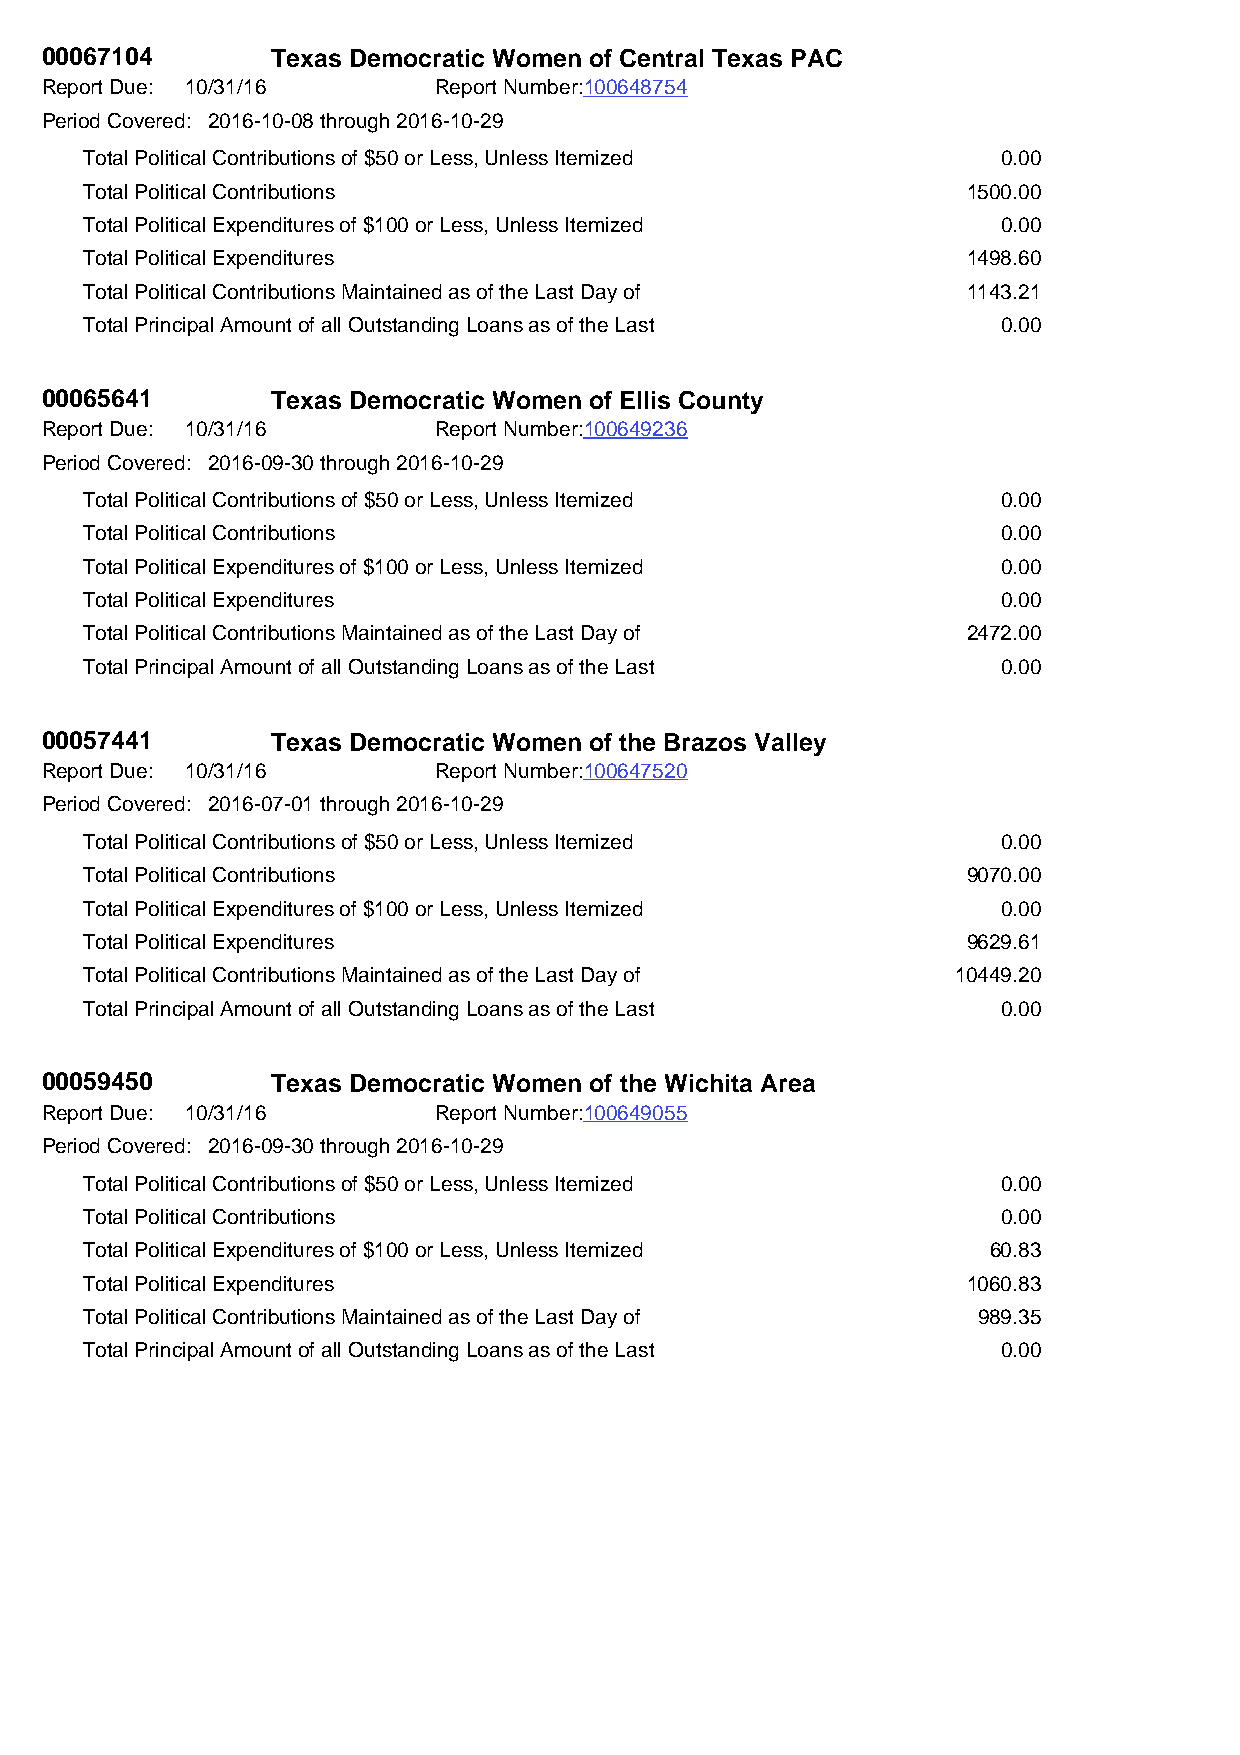
00067104       Texas Democratic Women of Central Texas PAC
 Report Due: 10/31/16      Report Number:100648754
 Period Covered: 2016-10-08 through 2016-10-29
 Total Political Contributions of $50 or Less, Unless Itemized 0.00
 Total Political Contributions                             1500.00
 Total Political Expenditures of $100 or Less, Unless Itemized 0.00
 Total Political Expenditures                              1498.60
 Total Political Contributions Maintained as of the Last Day of 1143.21
 Total Principal Amount of all Outstanding Loans as of the Last 0.00
 00065641       Texas Democratic Women of Ellis County
 Report Due: 10/31/16      Report Number:100649236
 Period Covered: 2016-09-30 through 2016-10-29
 Total Political Contributions of $50 or Less, Unless Itemized 0.00
 Total Political Contributions                               0.00
 Total Political Expenditures of $100 or Less, Unless Itemized 0.00
 Total Political Expenditures                                0.00
 Total Political Contributions Maintained as of the Last Day of 2472.00
 Total Principal Amount of all Outstanding Loans as of the Last 0.00
 00057441       Texas Democratic Women of the Brazos Valley
 Report Due: 10/31/16      Report Number:100647520
 Period Covered: 2016-07-01 through 2016-10-29
 Total Political Contributions of $50 or Less, Unless Itemized 0.00
 Total Political Contributions                             9070.00
 Total Political Expenditures of $100 or Less, Unless Itemized 0.00
 Total Political Expenditures                              9629.61
 Total Political Contributions Maintained as of the Last Day of 10449.20
 Total Principal Amount of all Outstanding Loans as of the Last 0.00
 00059450       Texas Democratic Women of the Wichita Area
 Report Due: 10/31/16      Report Number:100649055
 Period Covered: 2016-09-30 through 2016-10-29
 Total Political Contributions of $50 or Less, Unless Itemized 0.00
 Total Political Contributions                               0.00
 Total Political Expenditures of $100 or Less, Unless Itemized 60.83
 Total Political Expenditures                              1060.83
 Total Political Contributions Maintained as of the Last Day of 989.35
 Total Principal Amount of all Outstanding Loans as of the Last 0.00